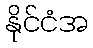
နိုင်ငံအ